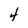
Character: 4